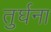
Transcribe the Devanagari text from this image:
तुर्घना